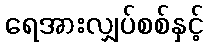
ရေအားလျှပ်စစ်နှင့်